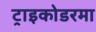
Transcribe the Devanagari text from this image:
ट्राइकोडरमा